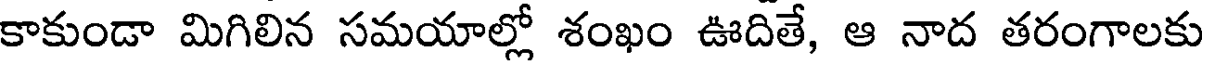
కాకుండా మిగిలిన సమయాల్లో శంఖం ఊదితే, ఆ నాద తరంగాలకు